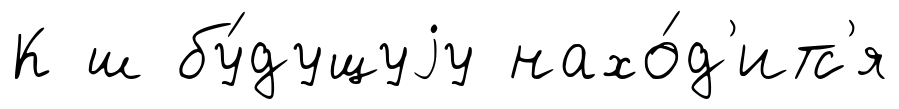
К ш бу́дущуjу нахо́д'итс'я